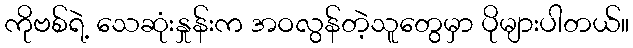
ကိုဗစ်ရဲ့ သေဆုံးနှုန်းက အဝလွန်တဲ့သူတွေမှာ ပိုများပါတယ်။